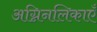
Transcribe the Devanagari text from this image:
अग्निनलिकाएँ